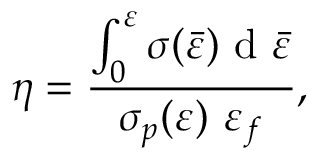
\eta = \frac { \int _ { 0 } ^ { \varepsilon } \sigma ( \bar { \varepsilon } ) \mathrm { ~ d ~ } \bar { \varepsilon } } { \sigma _ { p } ( \varepsilon ) \mathrm { ~ } \varepsilon _ { f } } ,